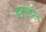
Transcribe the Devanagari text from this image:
हाएंडेल